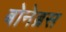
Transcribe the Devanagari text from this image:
बोनेब्रस